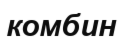
комбин